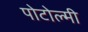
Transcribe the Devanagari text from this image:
पोटोल्मी